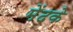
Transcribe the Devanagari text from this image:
मेंढके